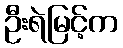
ဦးရဲမြင့်က